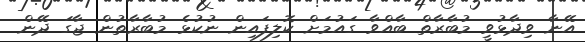
އޭނާ ވިދާޅުވީ މުބާރާތް ބާއްވާ ގައުމަށް ކޮލިފައިން ނުކުޅެ މުބާރާތުން ޖާގަ ދޭން